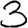
Digit: 3